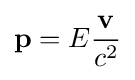
\mathbf {p} =E{\frac {\mathbf {v} }{c^{2}}}